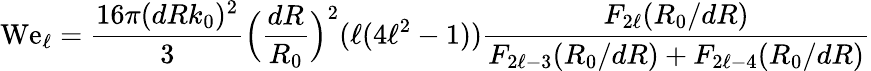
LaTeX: \mathrm{We}_{\ell}=\frac{16\pi(dRk_{0})^{2}}{3}\Big(\frac{dR}{R_{0}}\Big)^{2}(\ell(4\ell^{2}-1))\frac{F_{2\ell}(R_{0}/dR)}{F_{2\ell-3}(R_{0}/dR)+F_{2\ell-4}(R_{0}/dR)}